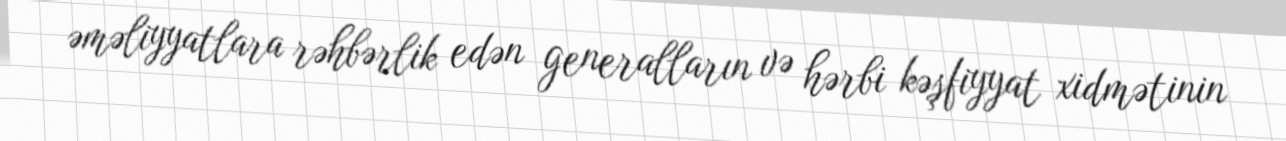
əməliyyatlara rəhbərlik edən generalların və hərbi kəşfiyyat xidmətinin